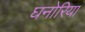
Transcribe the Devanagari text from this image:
घनोरिया